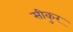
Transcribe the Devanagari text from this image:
सीकुर